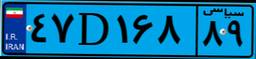
۱۴D۱۱۲۰۰